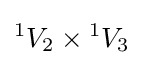
{}^{1}V_{2}\times {}^{1}V_{3}